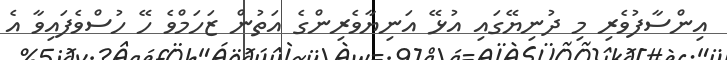
އިންސާފުވެރި މި ދުނިޔޭގައި އުޅޭ އަނިޔާވެރިންގެ އަތުން ޒަހަމްވެ ހޭ ހުސްވެފައިވާ އެ